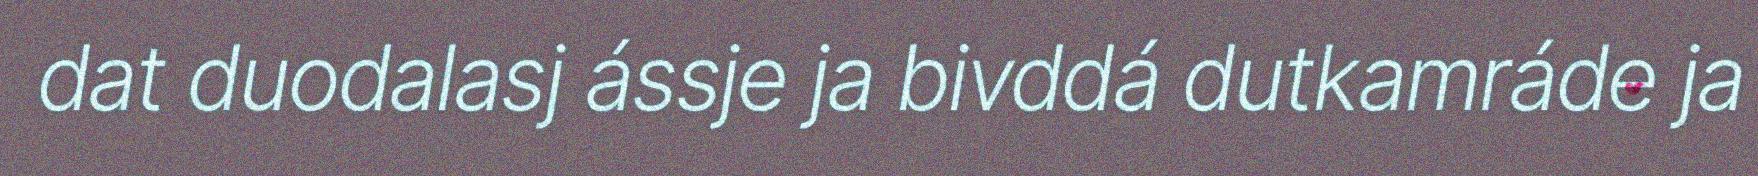
dat duodalasj ássje ja bivddá dutkamráde ja